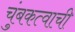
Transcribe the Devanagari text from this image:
चुंबकत्वाची